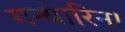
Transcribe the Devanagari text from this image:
गन्धारिन।